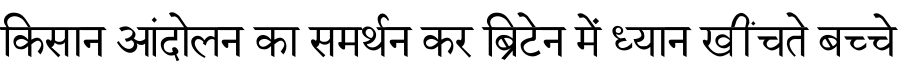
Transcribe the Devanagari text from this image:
किसान आंदोलन का समर्थन कर ब्रिटेन में ध्यान खींचते बच्चे